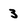
Character: 3